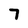
Character: 7